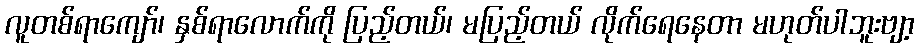
လူတစ်ရာကျော်၊ နှစ်ရာလောက်ကို ပြည့်တယ်၊ မပြည့်တယ် လိုက်ရေနေတာ မဟုတ်ပါဘူးဗျာ့